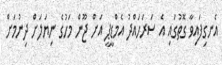
އެނގިފައިވާ ގޮތުގައި އެ ސަރަހައްދު އެމްޑީޕީ އަށް ޖޫން މަހުގެ ނިޔަލަށް ދިނުމަށް